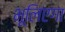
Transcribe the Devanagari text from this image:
भूलिएगा